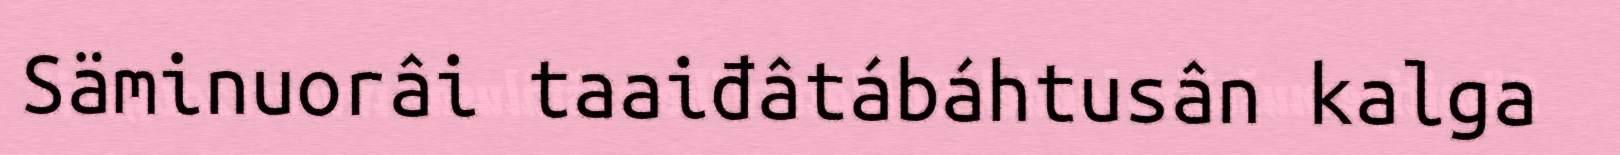
Säminuorâi taaiđâtábáhtusân kalga